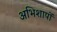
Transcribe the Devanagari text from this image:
अभिशापों